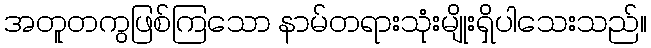
အတူတကွဖြစ်ကြသော နာမ်တရားသုံးမျိုးရှိပါသေးသည်။